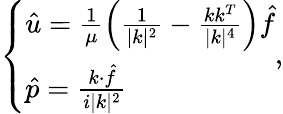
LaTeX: \left\{ \begin{array}{l}{\hat{u}=\frac{1}{\mu}\left(\frac{1}{|k|^{2}}-\frac{kk^{T}}{|k|^{4}}\right)\hat{f}}\\ {\hat{p}=\frac{k\cdot\hat{f}}{i|k|^{2}}}\end{array}\right.,